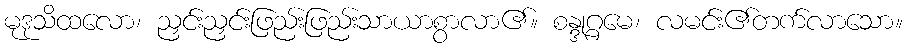
မုဒုသိထလော၊ ညှင်းညှင်းဖြည်းဖြည်းသာယာစွာလာ၏။ စန္ဒုဂ္ဂမေ၊ လမင်း၏တက်လာသော။